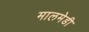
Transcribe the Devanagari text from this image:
मालमेडी